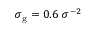
\sigma _ { \mathrm { g } } = 0 . 6 ~ { \sigma ^ { - 2 } }